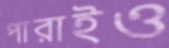
পারাইও